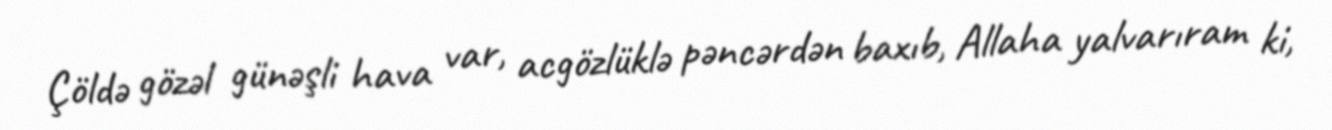
Çöldə gözəl günəşli hava var, acgözlüklə pəncərdən baxıb, Allaha yalvarıram ki,